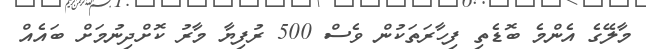
މާލޭގެ އެންމެ ބޮޑެތި ފިހާރަތަކުން ވެސް 500 ރުފިޔާ މާރު ކޮށްދިނުމަށް ބައެއް